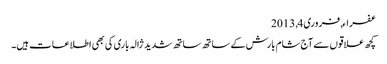
عفراء, ‏فروری 4, 2013
کچھ علاقوں سے آج شام بارش کے ساتھ ساتھ شدید ژالہ باری کی بھی اطلاعات ہیں۔